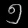
Digit: ၅